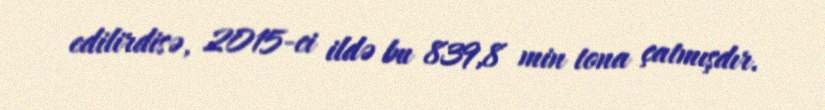
edilirdisə, 2015-ci ildə bu 839,8 min tona çatmışdır.